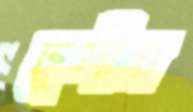
ঢুলীর